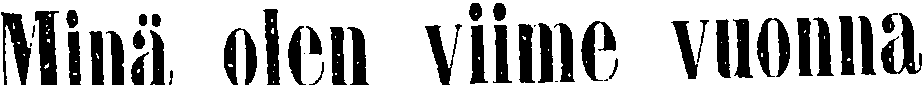
Minä olen viime vuonna